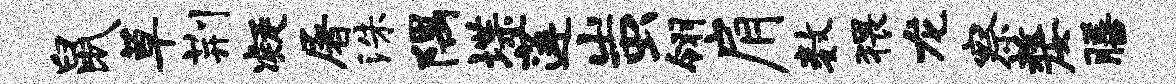
鼠草荆凝屠洙隅堞莲蚩翎肩数猥龙察嫠膳